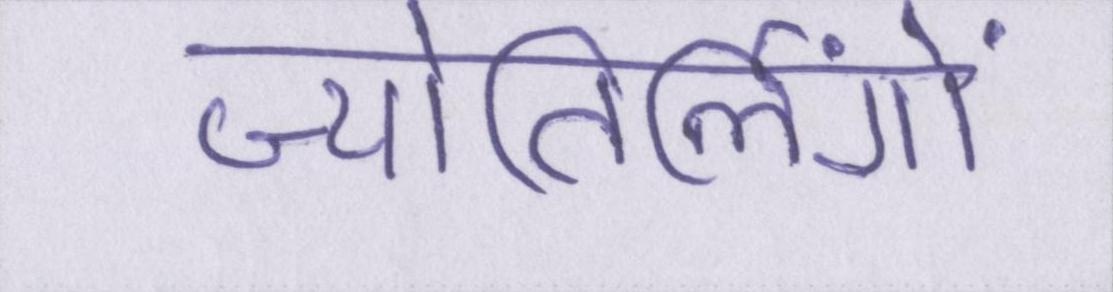
ज्योतिर्लिंगों